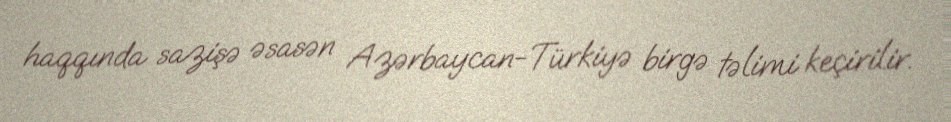
haqqında sazişə əsasən Azərbaycan-Türkiyə birgə təlimi keçirilir.